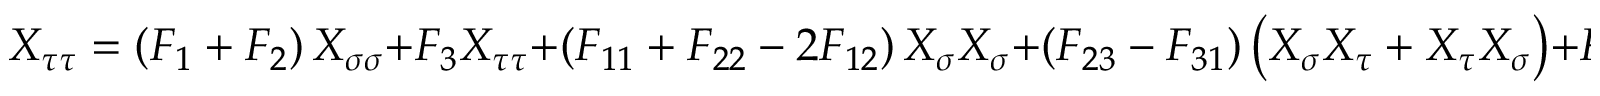
X _ { \tau \tau } = \left( F _ { 1 } + F _ { 2 } \right) X _ { \sigma \sigma } + F _ { 3 } X _ { \tau \tau } + \left( F _ { 1 1 } + F _ { 2 2 } - 2 F _ { 1 2 } \right) X _ { \sigma } X _ { \sigma } + \left( F _ { 2 3 } - F _ { 3 1 } \right) \left( X _ { \sigma } X _ { \tau } + X _ { \tau } X _ { \sigma } \right) + F _ { 3 3 } X _ { \tau } X _ { \tau } .